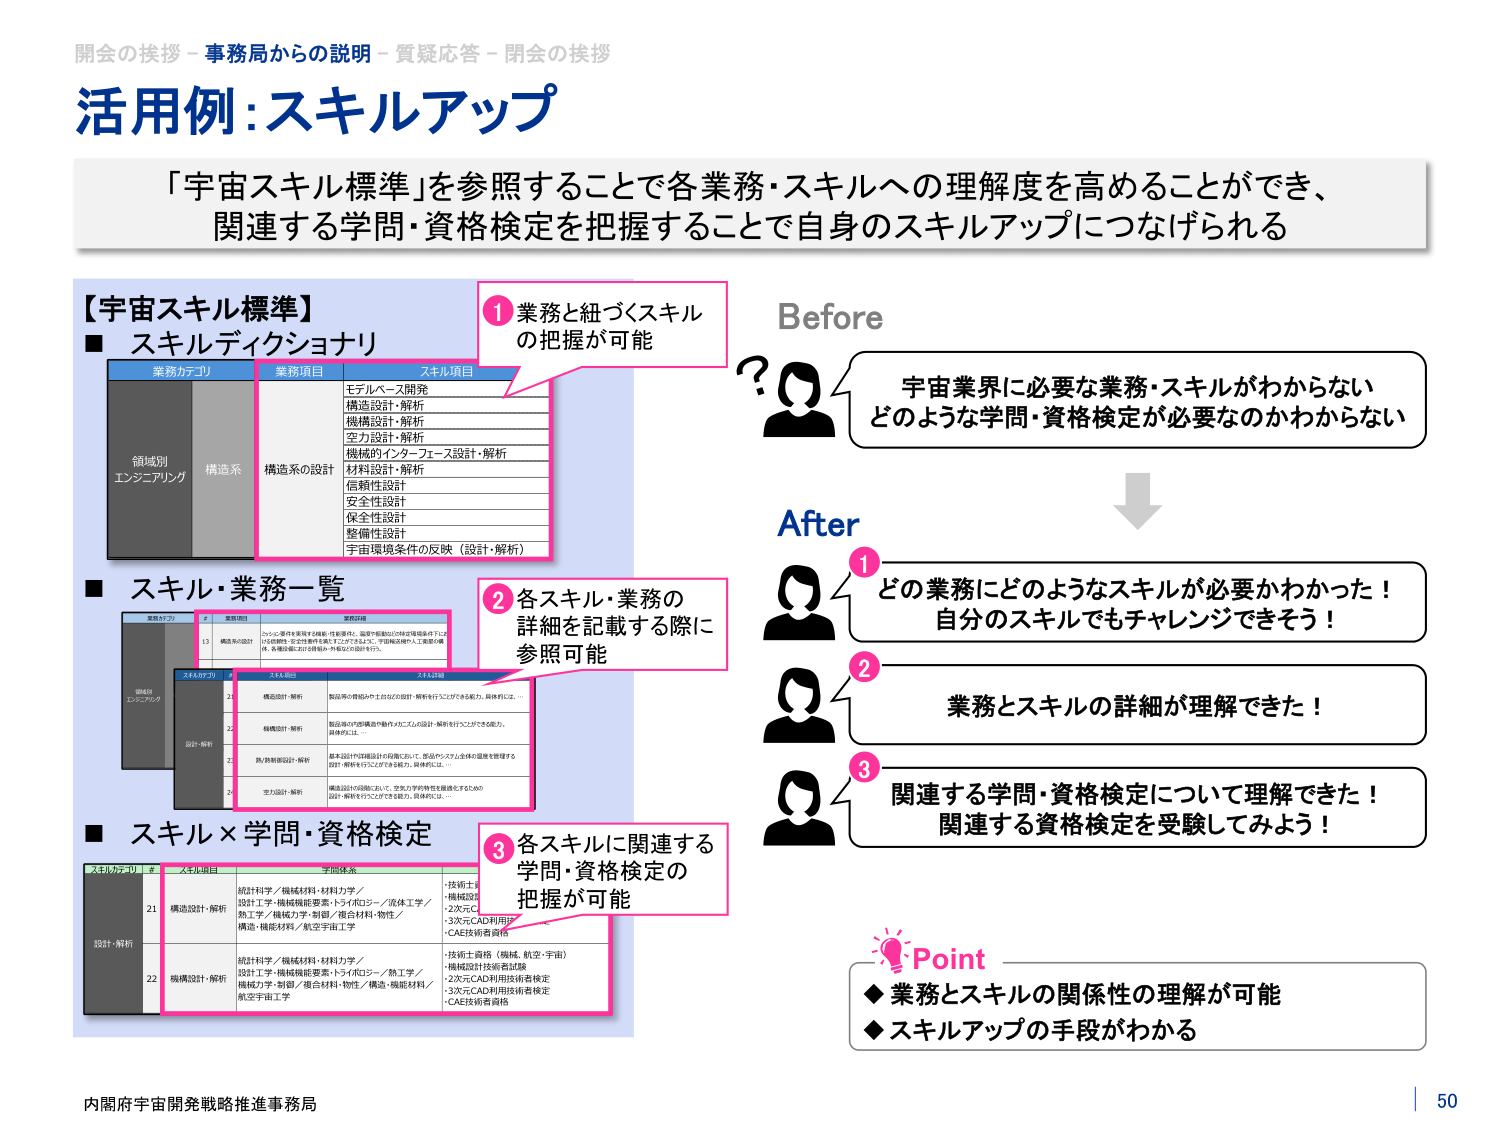
開会の挨拶 - 事務局からの説明 - 質疑応答 - 閉会の挨拶
活用例：スキルアップ
「宇宙スキル標準」を参照することで各業務・スキルへの理解度を高めることができ、
関連する学問・資格検定を把握することで自身のスキルアップにつなげられる

【宇宙スキル標準】
■ スキルディクショナリ
業務カテゴリ 業務項目 スキル項目
領域別 エンジニアリング 構造系
構造系の設計
モデルベース開発
構造設計・解析
機構設計・解析
空力設計・解析
機械的インターフェース設計・解析
材料設計・解析
信頼性設計
安全性設計
保全性設計
整備性設計
宇宙環境条件の反映（設計・解析）

■ スキル・業務一覧
業務カテゴリ # 業務項目 業務詳細
構造系の設計 1.1 構造系の設計 コンポーネント単体を構成する構造・性能要求、温度や振動などの外部環境条件下では どの程度の安全性を確保するかを設計・解析する。また、宇宙機に搭載する人工衛星や構 造体、各種部品における詳細設計・外観などの設計を行う。
スキルカテゴリ スキル項目 スキル詳細
設計・解析 21 構造設計・解析 製品等の骨格及びそれ自体の設計・解析を行うことができる能力。具体的には、…
22 機構設計・解析 製品等の内部構造や動作を伴うユニットの設計・解析を行うことができる能力。 具体的には、…
23 熱/熱制御設計・解析 構造設計や詳細設計を前提において、部品やシステム全体の温度を管理する 設計・解析を行うことができる能力。具体的には、…
24 空力設計・解析 構造設計や詳細設計において、空気力学的特性を勘案するための 設計・解析を行うことができる能力。具体的には、…

■ スキル×学問・資格検定
スキルカテゴリ # スキル項目 学問体系
設計・解析 21 構造設計・解析 統計科学／機械材料・材料力学／ 設計工学・機械機能要素・トライボロジー／流体工学／ 熱工学／機械力学／制御／複合材料・物性／ 構造・機能材料／航空宇宙工学
・技術士
・機械設計
・2次元CAD利用技術者検定
・3次元CAD利用技術者検定
・CAE技術者資格
22 機構設計・解析 統計科学／機械材料・材料力学／ 設計工学・機械機能要素・トライボロジー／熱工学／ 機械力学・制御／複合材料・物性／構造・機能材料／ 航空宇宙工学
・技術士資格（機械、航空・宇宙）
・機械設計技術者試験
・2次元CAD利用技術者検定
・3次元CAD利用技術者検定
・CAE技術者資格

Before
？
宇宙業界に必要な業務・スキルがわからない
どのような学問・資格検定が必要なのかわからない

After
① どの業務にどのようなスキルが必要かわかった！
自分のスキルでもチャレンジできそう！
② 業務とスキルの詳細が理解できた！
③ 関連する学問・資格検定について理解できた！
関連する資格検定を受験してみよう！

Point
◆ 業務とスキルの関係性の理解が可能
◆ スキルアップの手段がわかる

内閣府宇宙開発戦略推進事務局
50